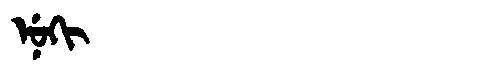
Manchu: ᠨᡠᡴᡳ
Romanization: NUKI